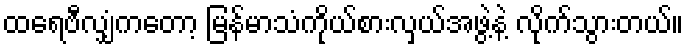
ထရေဗီလျှံကတော့ မြန်မာသံကိုယ်စားလှယ်အဖွဲ့နဲ့ လိုက်သွားတယ်။